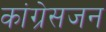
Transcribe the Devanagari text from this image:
कांग्रेसजन